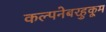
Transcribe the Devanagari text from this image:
कल्पनेबरहुकूम